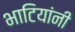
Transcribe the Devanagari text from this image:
भाटियांनी